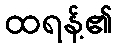
ထရန့်၏